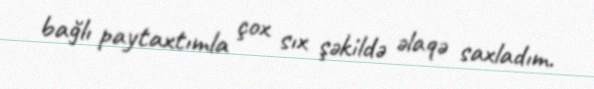
bağlı paytaxtımla çox sıx şəkildə əlaqə saxladım.